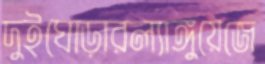
দুইঘোড়ারল্যাঙ্গুয়েজে